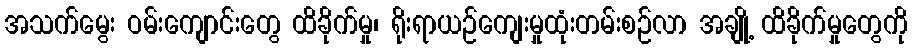
အသက်မွေး ဝမ်းကျောင်းတွေ ထိခိုက်မှု၊ ရိုးရာယဉ်ကျေးမှုထုံးတမ်းစဉ်လာ အချို့ ထိခိုက်မှုတွေကို